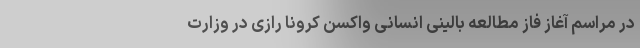
در مراسم آغاز فاز مطالعه بالینی انسانی واکسن کرونا رازی در وزارت